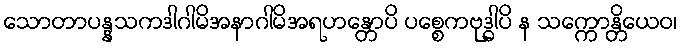
သောတာပန္နသကဒါဂါမိအနာဂါမိအရဟန္တောပိ ပစ္စေကဗုဒ္ဓါပိ န သက္ကောန္တိယေဝ၊